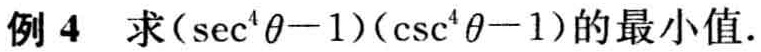
例 4 求\((\sec^{4}\theta - 1)(\csc^{4}\theta - 1)\)的最小值.